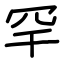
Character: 罕